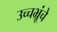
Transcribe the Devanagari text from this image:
उच्चभ्रूंचे